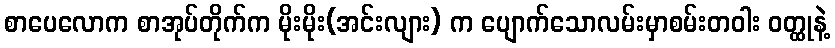
စာပေလောက စာအုပ်တိုက်က မိုးမိုး(အင်းလျား) က ပျောက်သောလမ်းမှာစမ်းတဝါး ဝတ္ထုနဲ့